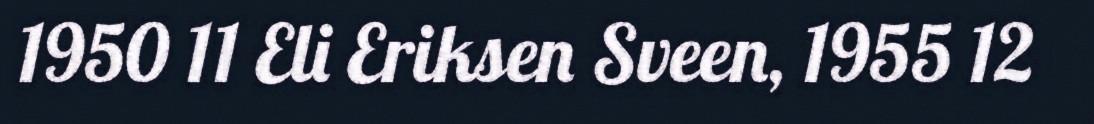
1950 11 Eli Eriksen Sveen, 1955 12